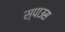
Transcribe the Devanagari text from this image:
स्पाउस